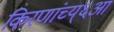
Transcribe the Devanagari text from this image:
किरणांच्य्६आ